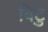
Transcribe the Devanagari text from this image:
बिटु